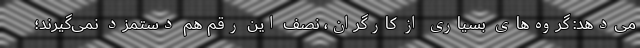
می‌دهد: گروه‌های بسیاری از کارگران، نصف این رقم هم دستمزد نمی‌گیرند؛